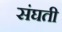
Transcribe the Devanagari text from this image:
संघती